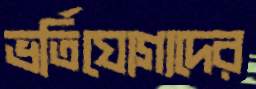
ভর্তিযোগ্যদের